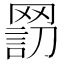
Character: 𦋬